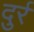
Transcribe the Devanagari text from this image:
दुर्र